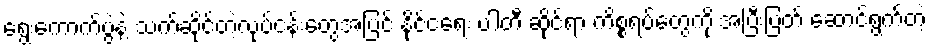
ရွေးကောက်ပွဲနဲ့ သက်ဆိုင်တဲ့လုပ်ငန်းတွေအပြင် နိုင်ငံရေး ပါတီ ဆိုင်ရာ ကိစ္စရပ်တွေကို အပြီးပြတ် ဆောင်ရွက်တဲ့